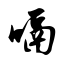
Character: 嗝